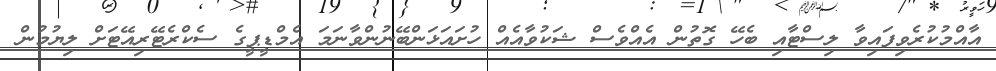
އާއްމުކުރެވިފައިވާ ލިސްޓާއި ބެހޭ ގޮތުން އެއްވެސް ޝަކުވާއެއް ހުށައަޅަންބޭނުންވާނަމަ އެމްޑީޕީގެ ސެކްރެޓޭރިއޭޓަށް ލިޔުމުން